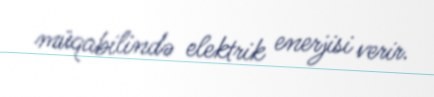
müqabilində elektrik enerjisi verir.